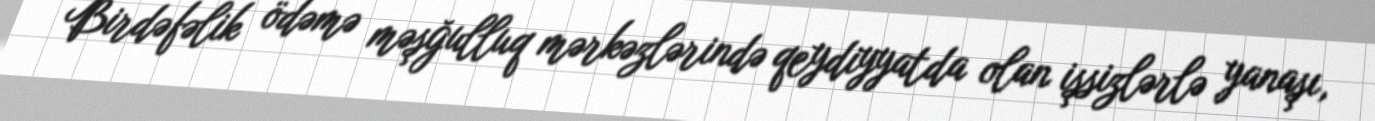
Birdəfəlik ödəmə məşğulluq mərkəzlərində qeydiyyatda olan işsizlərlə yanaşı,